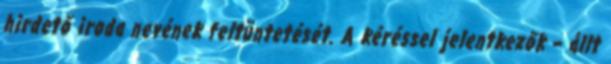
hirdető iroda nevének feltüntetését. A kéréssel jelentkezők – állt